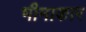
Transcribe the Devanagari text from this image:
भीमाकार